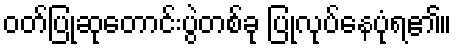
ဝတ်ပြုဆုတောင်းပွဲတစ်ခု ပြုလုပ်နေပုံရ၏။